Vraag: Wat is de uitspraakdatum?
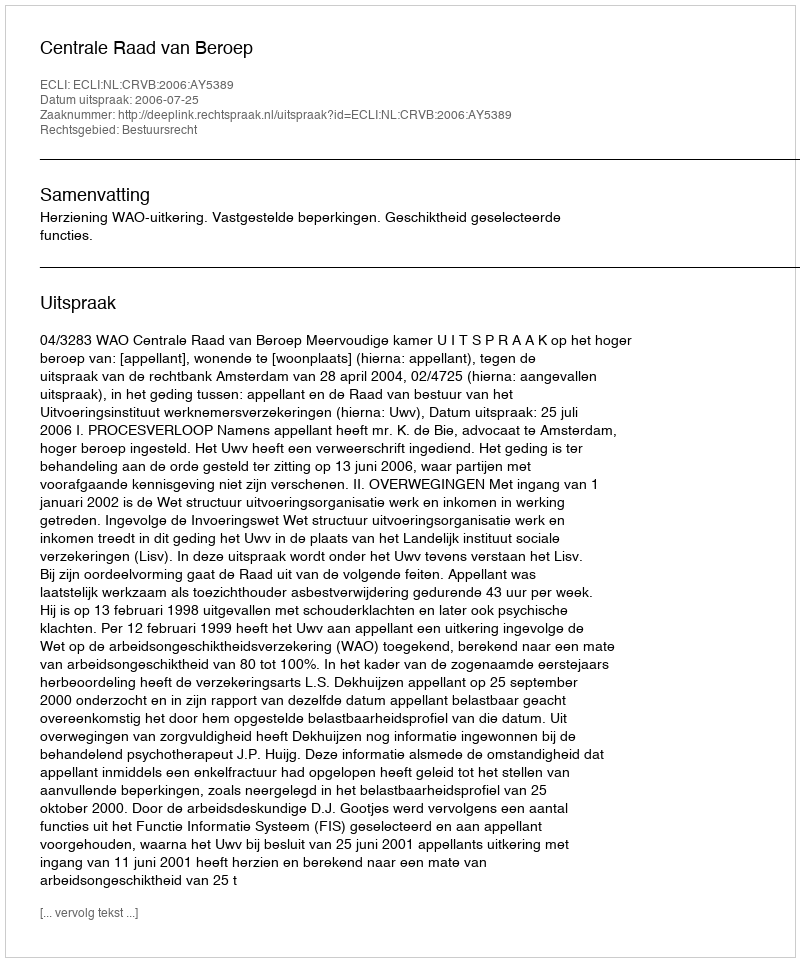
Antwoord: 2006-07-25